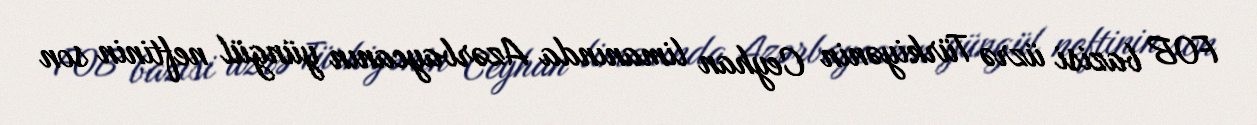
FOB bazisi üzrə Türkiyənin Ceyhan limanında Azərbaycanın yüngül neftinin son